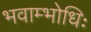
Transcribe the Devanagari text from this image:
भवाम्भोधिः